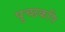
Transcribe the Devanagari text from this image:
पुच्छकपि